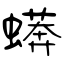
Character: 蠎